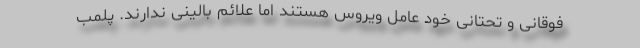
فوقانی و تحتانی خود عامل ویروس هستند اما علائم بالینی ندارند. پلمب